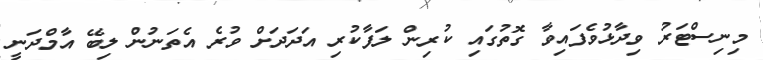
މިނިސްޓަރު ވިދާޅުވެފައިވާ ގޮތުގައި ކުރިން ލަފާކުރި އަދަދަށް ވުރެ އެތަނުން ލިބޭ އާމްދަނީ